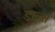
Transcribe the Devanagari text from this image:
डाल्स